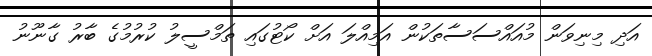
އަދި މިނިވަން މުއައްސަސާތަކުން އަމިއްލަ އަށް ކޯޓުގައި ތަމްސީލު ކުރުމުގެ ބާރު ގާނޫނު